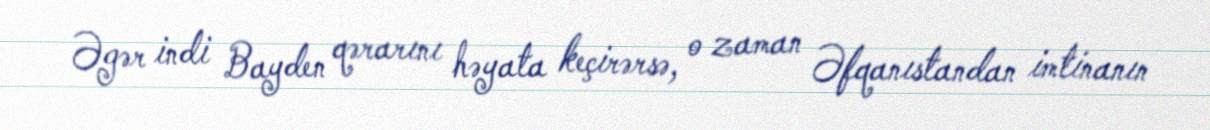
Əgər indi Bayden qərarını həyata keçirərsə, o zaman Əfqanıstandan imtinanın